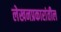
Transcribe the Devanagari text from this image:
लेखनप्रकारांतील